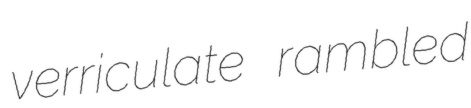
verriculate rambled